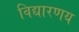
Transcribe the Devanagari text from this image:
विद्यारणय